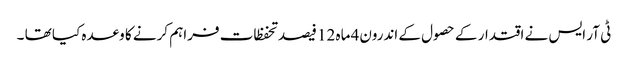
ٹی آر ایس نے اقتدار کے حصول کے اندرون4 ماہ 12 فیصد تحفظات فراہم کرنے کا وعدہ کیا تھا ۔